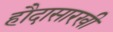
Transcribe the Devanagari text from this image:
हौदासारखी